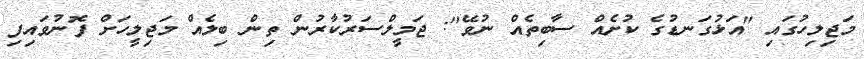
މަޖިލިހުގައި "އަޅުގަނޑުގެ ކުށެއް ސާބިތެއް ނުވޭ": ޖަމީލްސަރުކާރުން ތިން ބިލެއް މަޖިލީހަށް ފޮނުވައިފި